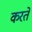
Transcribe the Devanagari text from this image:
करते